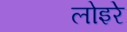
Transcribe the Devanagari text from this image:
लोइरे